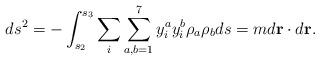
\begin{align*}ds^2 = -\int_{s_2}^{s_3} \sum_{i} \sum_{a,b=1}^7 {y}_i^{a} {y}_i^{b} \rho_a \rho_b ds = m d {\bf r}\cdot d {\bf r}.\end{align*}